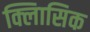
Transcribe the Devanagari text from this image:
क्लािसिक